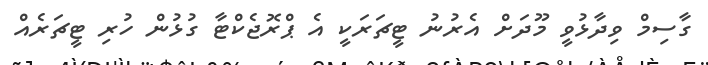
ގާސިމް ވިދާޅުވީ މޫދަށް އެރުނު ޓީޗަރަކީ އެ ޕްރޮޖެކްޓާ ގުޅުން ހުރިި ޓީޗަރެއް